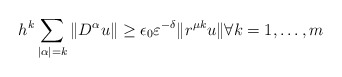
\begin{align*}h^k\sum_{|\alpha |=k}\|D ^\alpha u\|\ge \epsilon_0\varepsilon^{-\delta }\|r^{\mu k}u\|\forall k=1,\dots ,m\end{align*}